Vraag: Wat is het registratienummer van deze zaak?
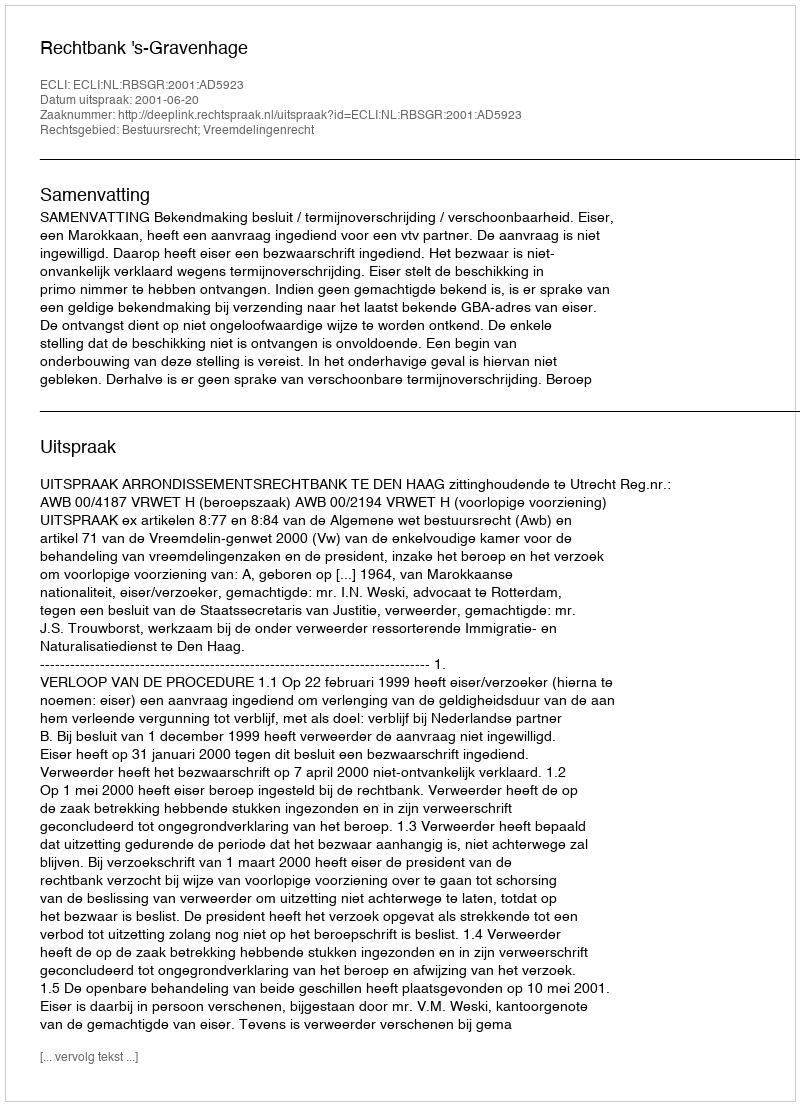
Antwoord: http://deeplink.rechtspraak.nl/uitspraak?id=ECLI:NL:RBSGR:2001:AD5923